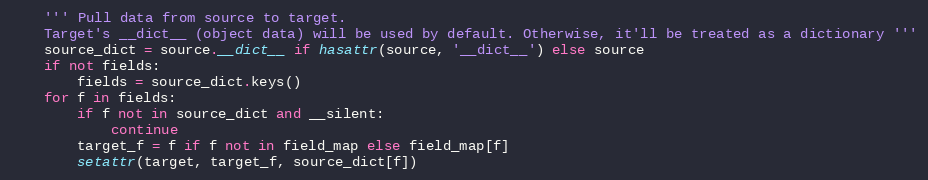
Language: Python
    ''' Pull data from source to target.
    Target's __dict__ (object data) will be used by default. Otherwise, it'll be treated as a dictionary '''
    source_dict = source.__dict__ if hasattr(source, '__dict__') else source
    if not fields:
        fields = source_dict.keys()
    for f in fields:
        if f not in source_dict and __silent:
            continue
        target_f = f if f not in field_map else field_map[f]
        setattr(target, target_f, source_dict[f])